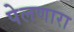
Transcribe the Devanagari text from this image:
पेलणारा